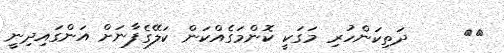
١٢     ދަތިކަންހުރި މަގަކީ ކޮންމަގެއްކަން ކަލޭގެފާނަށް އަންގައިދިނީ